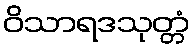
ဝိသာရဒသုတ္တံ